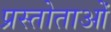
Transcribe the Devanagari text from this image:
प्रस्तोताओं